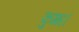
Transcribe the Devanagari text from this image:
कुम्भ।